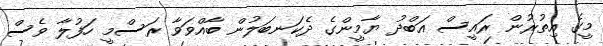
މީގެ އިތުރުން ރައީސް އަބްދު ޔާމީންގެ ދެކަނބަލުން ބާއްވަވާ ރަސްމީ ހަފުލާ ވެސް